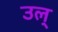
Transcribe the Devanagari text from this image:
उल्‌